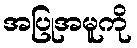
အပြုအမူကို